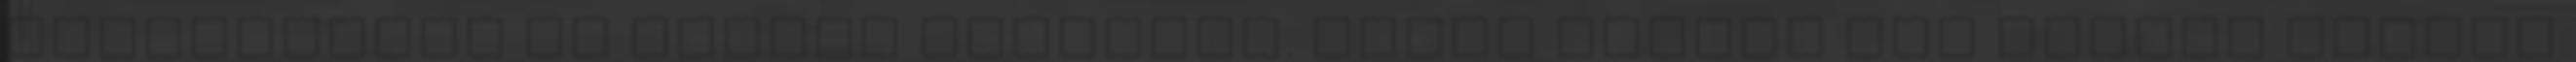
szakemberek és milyen stílusba. Úgyis mindig egy művész halála